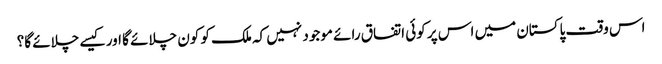
اس وقت پاکستان میں اس پر کوئی اتفاق رائے موجود نہیں کہ ملک کو کون چلائے گا اور کیسے چلائے گا؟